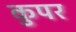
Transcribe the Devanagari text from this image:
कुपर